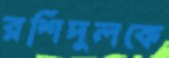
রশিদুলকে